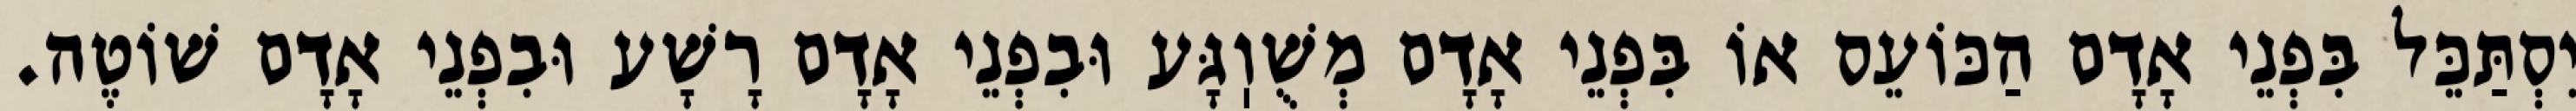
יִסְתַּכֵּל בִּפְנֵי אָדָם הַכּוֹעֵס אוֹ בִּפְנֵי אָדָם מְשֻׁוֽגָּע וּבִפְנֵי אָדָם רָשָׁע וּבִפְנֵי אָדָם שׁוֹטֶה.